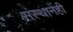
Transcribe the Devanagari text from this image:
संस्थानेही